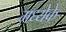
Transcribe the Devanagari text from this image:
मध्येके